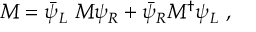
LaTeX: M = \bar { \psi } _ { L } ~ { \cal M } \psi _ { R } + \bar { \psi } _ { R } { \cal M } ^ { \dag } \psi _ { L } ~ ,